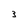
Character: 3